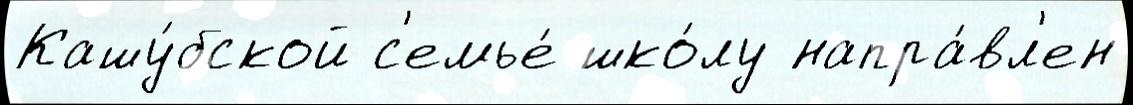
Кашу́бской с'емье́ шко́лу напра́вл'ен